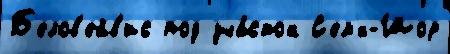
Б'елов'ейв'ис под уча́сток С'ем'́н-Шор